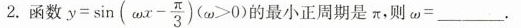
2.函数 $$ y = sin(ω x- \frac{ π }{ 3 } )(ω>0)的最小正周期是π，则ω= $$ ___。